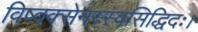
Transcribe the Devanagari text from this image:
विष्वक्सेनस्स्वसिद्धिदः।